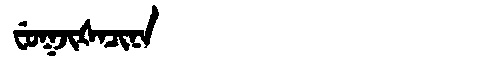
Manchu: ᠸᡠᡴᠵᡳᡧᠠᠴᡳᠨᠠ
Romanization: FUKJIŠACINA